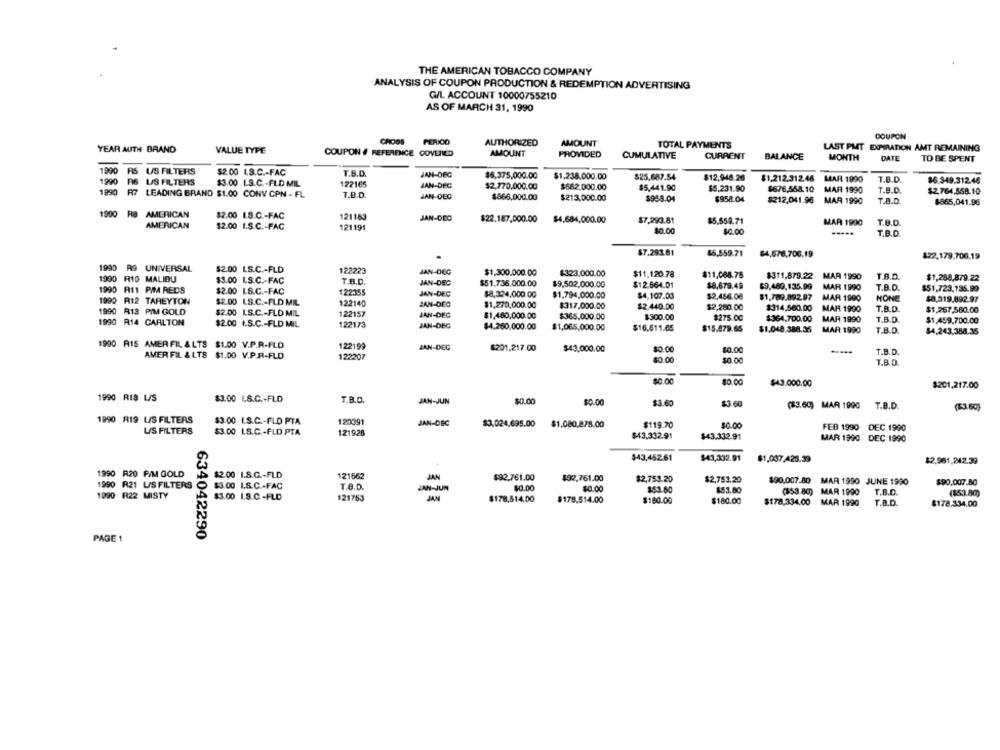
THE AMERICAN TOBACCO COMPANY
ANALYSIS OF COUPON PRODUCTION & REDEMPTION ADVERTISING
G/L ACCOUNT 10000755210
AS OF MARCH 31, 1990
COUPON
CROSS PERICO
AUTHORIZED
AMOUNT
YEAR AUTH BRAND
VALUE TYPE
TOTAL PAYMENTS
LAST PMT EXPIRATION AMT REMAINING
COUPON # REFERENCE COVERED
AMOUNT
PROVIDED
CUMULATIVE
CURRENT
BALANCE
MONTH
DATE
TO BE SPENT
1990
RS
US FILTERS
$2.00 1.8.C .- FAC
T.S.D.
JAN-DEC
1990
US FILTERS
$6,375,000.00
$1.238.000.00
$25.687.54
$12,948.26
$1,212.312.48 MAR 1990
T.B.D
$6.349.31248
$3.00 I.S.C .- FLD MIL
122165
JAN-DEC
$2,770,000.00
$682,000.00
$5,441.90
$5.231.90
1990
LEADING BRAND $1.00 CONV CPN - FL
T.D.D.
JAN-DEC
$866,000.00
$676,558.10 MAR 1990
T.B.D.
$2.764.558.10
$213.000.00
$958.04
$958.04
$212,041.96
MAR 1990
T.B.D.
8865,041.96
1900
AMERICAN
$2.00 1.9.C .- FAC
121163
JAN-DEO
AMERICAN
$2.00 I.S.C .- FAC
$22.187,000.00
$4,684,000.00
$7.293.81
$5.559.71
MAR 1990
T.B.D.
121191
$0.00
$0.00
T.B.D.
$7.293.81
$6.559.71
$4,576.706.19
122,179.706.19
1990 R9 UNIVERSAL
$2.00 LS.C .- FLD
122223
JAN-DEC
1900 R10 MALIBU
$1,300.000.00
$323.000.00
$11.120.78
$11,068.78
$311.879.22
MAR 1990
T.B.D.
$1,288,879.22
$3.00 LS.C .- FAC
JAN-DEC
$51.736.000.00
$9,502.000.00
$12.664.01
$8,679.49
$9,489,135.99
MAR 1990
T.A.D.
1990 R11 PIM REDS
$2.00 LB.C .- FAC
122355
JAN-DEC
$51,723,135.99
1990 R12 TAREYTON
$2.00 LS.C .- FLD MIL
$8,334,000 00
$1,794,000.00
$4.107.00
$2,456.06
$1,789,892.97
MAR 1990
MONE
48.319,892.97
122140
JAN-DEC
$1,270,000.00
$317,000.00
$2.440.00
$2,280.00
$314,500.00
MAR 1990
T.B.D.
1990 R13 PIM GOLD
$2.00 L.S.C .- FLD MIL
122157
JAN-DEG
$1,460,000.00
$365.000.00
$300.00
$1,267,580.00
1990 R14 CARLTON
$2.00 I.S.C .- FLD MIL
$275.00
$364,700.00
MAR 1990
T.B.D.
$1,459.700.00
122173
JAN-DEG
$4.260,000.00
$1,065,000.00
$16.611.65
$15.879.65
$1.048.388.35
MAR 1990
T.B.D.
$4,243,388.35
1990 R15 AMER FIL. & LTS $1.00 V.P.R.FLD
122199
JAN-DEC
$201,217.00
$43,000.00
$0.00
$0.00
T.B.D.
AMER FIL & LTS $1.00 V.P.F-FLD
122207
$0.00
$0.00
7.8.0
$0.00
$0.00
$43.000.00
$201,217.00
1990 RIS L/S
$3.00 I.S.C .- FLD
T.B.D.
JAN-JUN
$0.00
$0.00
$3.60
$3.60
(83.69) MAR 1990 T.B.D.
(53.60)
1990 819 L/S FILTERS
$3.00 I.S.C .- FLO PTA
120391
JAN-DEC
$3,024,695.00
$1.080.878.00
$119.70
$0.00
FEB 1990 DEC 1990
US FILTERS
$3.00 I.S.C .- FLD PTA
121928
$43,332.91
$43.332.91
MAR 1990 DEC 1990
$43,452.61
$43,332.91
$1,037,425.39
$2,961,242.39
1990 R20 FIM GOLD
$2.00 1.S.G .- FLD
121662
JAN
$92.761.00
$92.761.00
$2,753.20
$2,753.20
$90,007.80
MAR 1990 JUNE 1990
1990 R21 L/S FILTERS
$3.00 L.S.C .- FAC
T.B.D.
JAN-JUN
$0.00
$0.00
$90,007.80
$3.00 1.8.C-FLD
153.60
$53.80
($53.80)
MAR 1990
T.B.D.
(153.80)
121753
JAM
$178.614.00
$178,514.00
$180.00
$180.00
$178,334.00
MAR 1990
T.B.D.
$178,334.00
PAGE 1
634042290